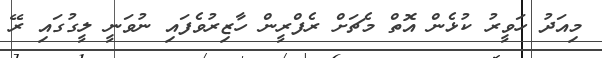
މިއަދު ހަވީރު ކުޅެން އޮތް މެޗަށް ރެފްރީން ހާޒިރުވެފައި ނުވަނީ ލީގުގައި ރޭ